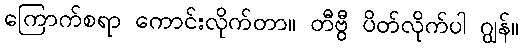
ကြောက်စရာ ကောင်းလိုက်တာ။ တီဗွီ ပိတ်လိုက်ပါ ဂျွန်။